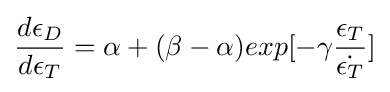
{\frac {d\epsilon _{D}}{d\epsilon _{T}}}=\alpha +(\beta -\alpha )exp[-\gamma {\frac {\epsilon _{T}}{\dot {\epsilon _{T}}}}]